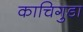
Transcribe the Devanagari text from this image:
काचिगुडा